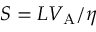
S = L V _ { \mathrm { A } } / \eta